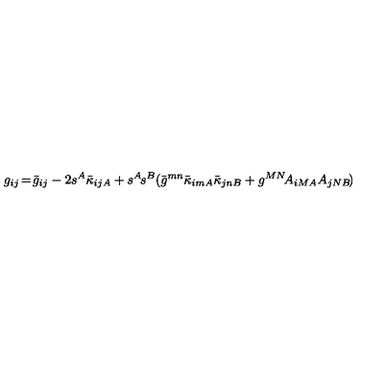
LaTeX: g _ { i j } \! = \! \bar { g } _ { i j } - 2 s ^ { A } \bar { \kappa } _ { i j A } + s ^ { A } \! s ^ { B } ( \bar { g } ^ { m n } \bar { \kappa } _ { i m A } \bar { \kappa } _ { j n B } + g ^ { M N } \! A _ { i M A } A _ { j N B } \! )